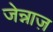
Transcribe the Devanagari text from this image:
जेन्नाज़